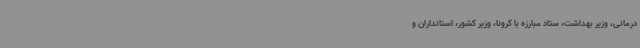
درمانی، وزیر بهداشت، ستاد مبارزه با کرونا، وزیر کشور، استانداران و